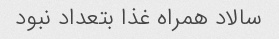
سالاد همراه غذا بتعداد نبود